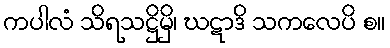
ကပါလံ သိရသဋ္ဌိမှိ၊ ဃဋာဒိ သကလေပိ စ။